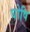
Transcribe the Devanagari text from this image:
घोषि